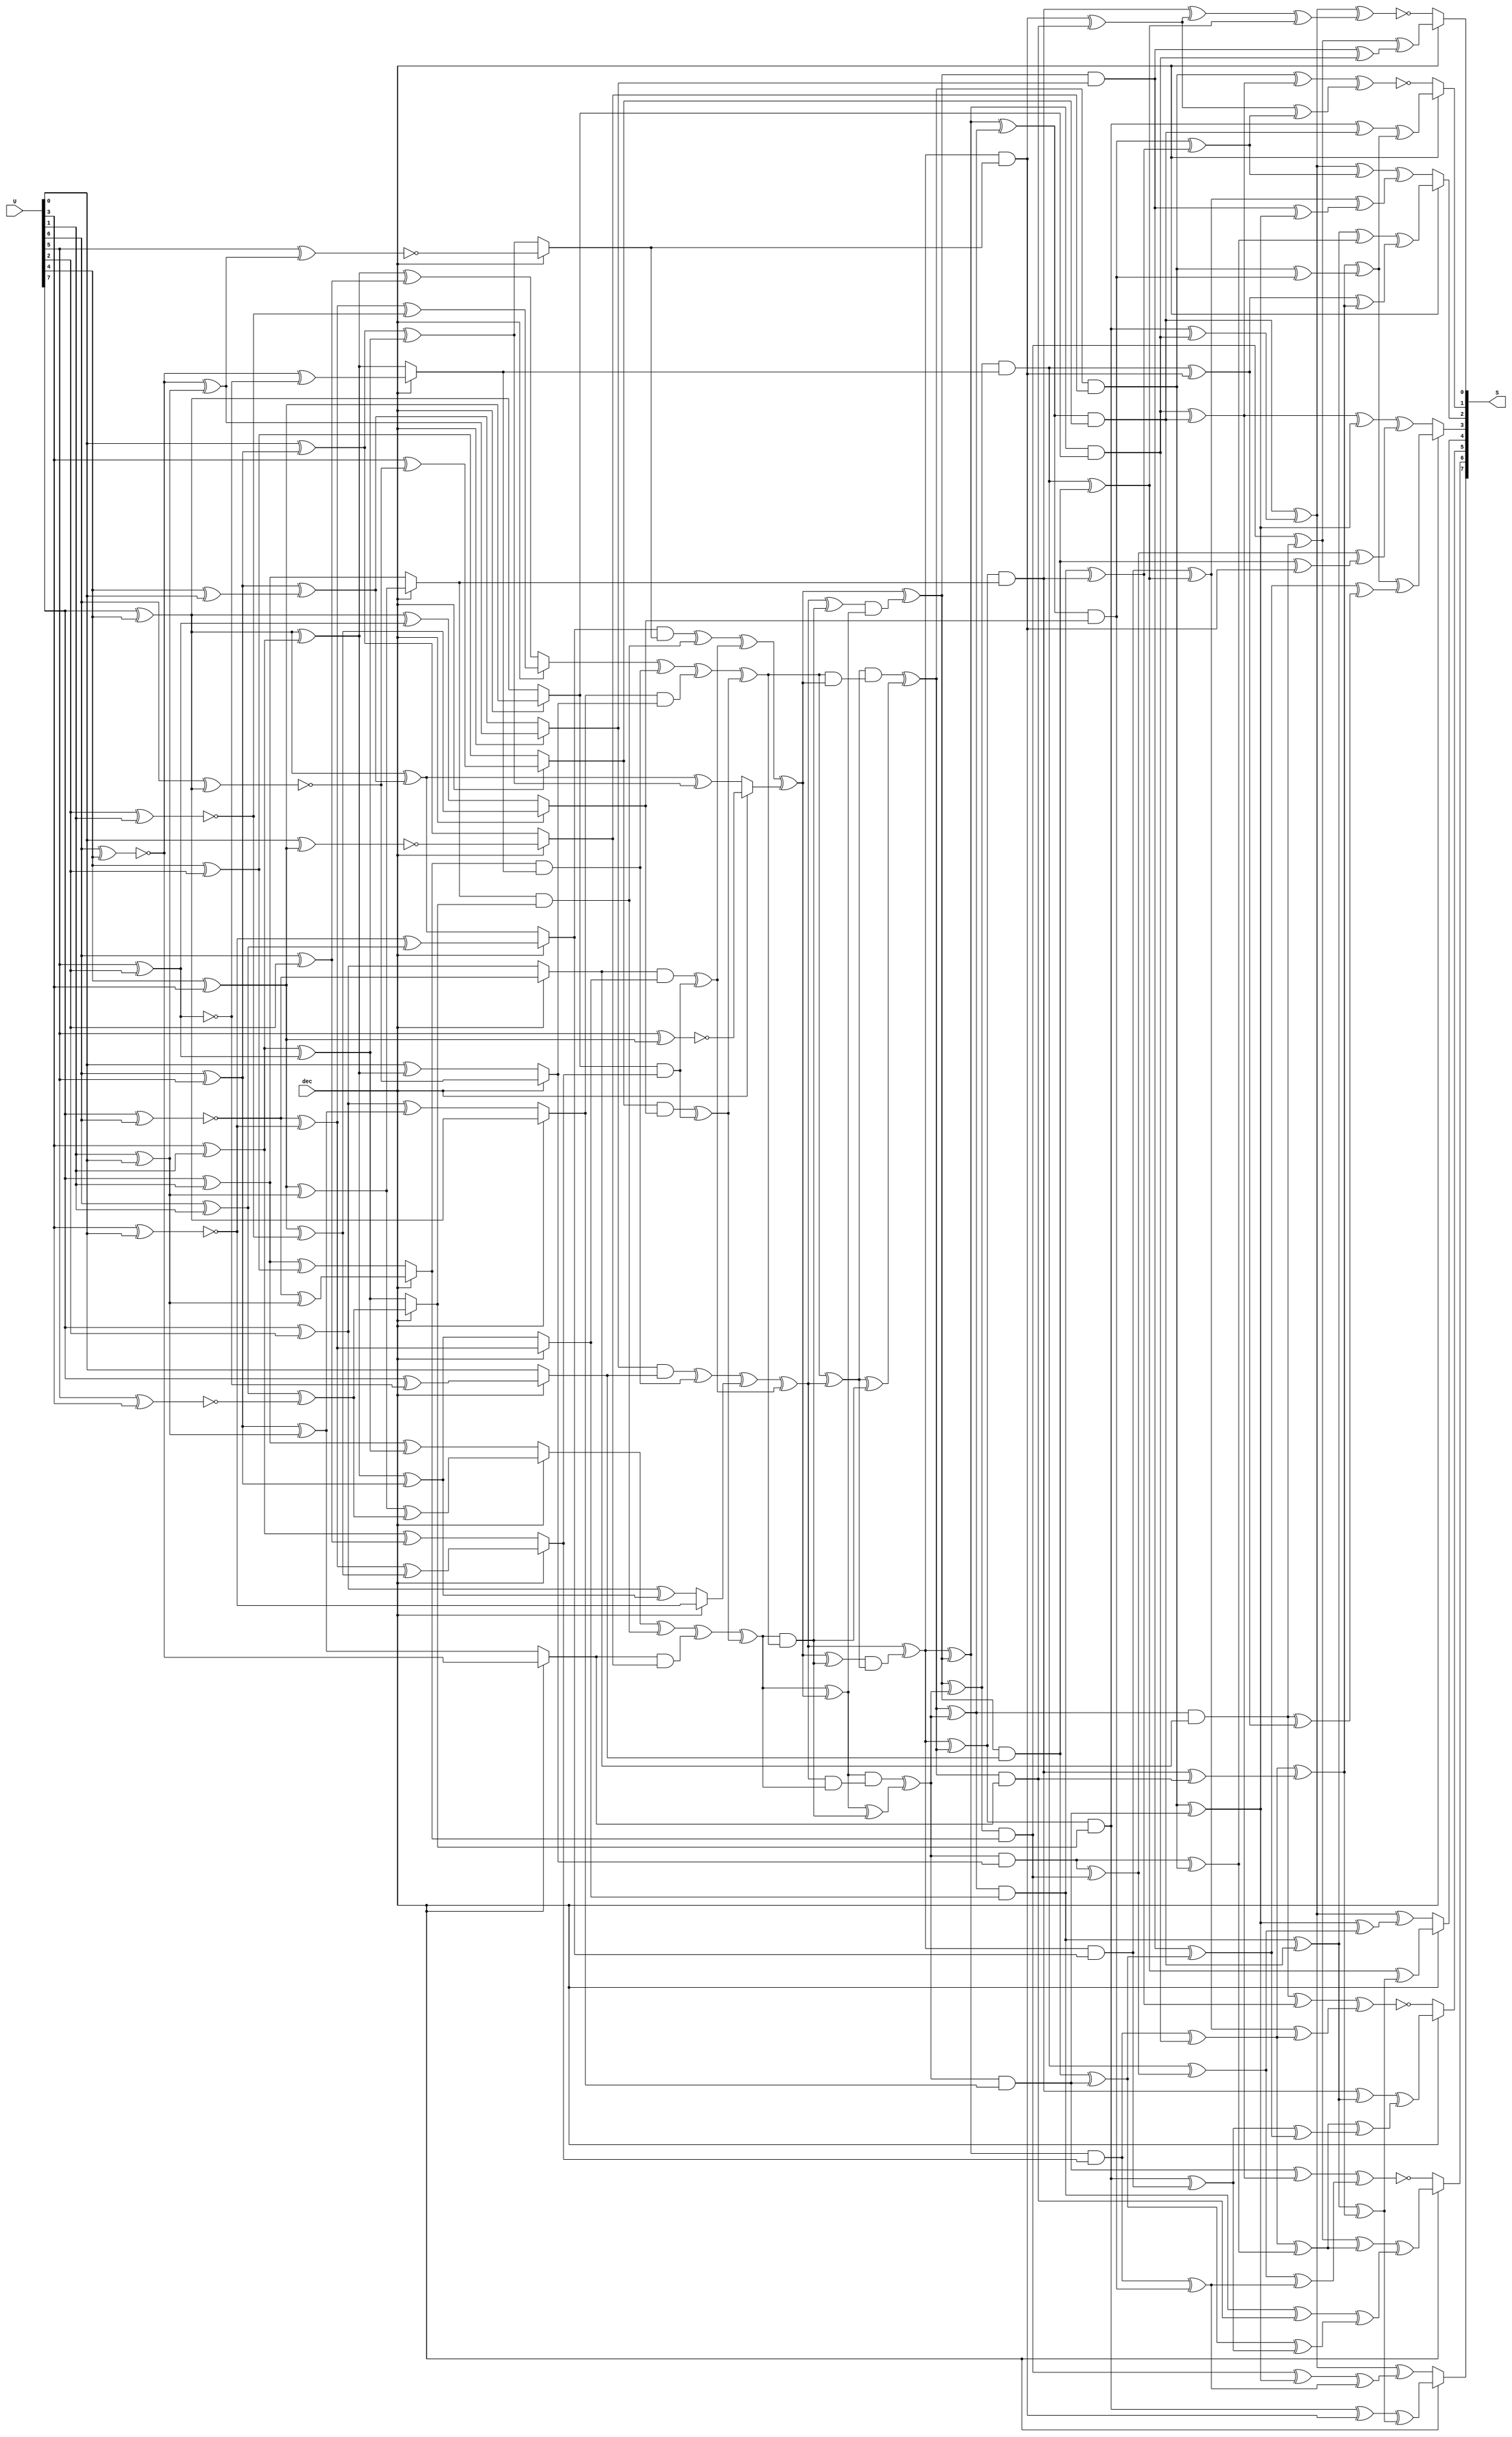
`timescale 1ns / 1ps
/*
   Copyright 2015, Google Inc.

   Licensed under the Apache License, Version 2.0 (the "License");
   you may not use this file except in compliance with the License.
   You may obtain a copy of the License at

       http://www.apache.org/licenses/LICENSE-2.0

   Unless required by applicable law or agreed to in writing, software
   distributed under the License is distributed on an "AS IS" BASIS,
   WITHOUT WARRANTIES OR CONDITIONS OF ANY KIND, either express or implied.
   See the License for the specific language governing permissions and
   limitations under the License.
*/
//////////////////////////////////////////////////////////////////////////////////
// Company: 
// Engineer: 
// 
// Design Name: 
// Module Name:    aes_sbox 
// Project Name: 
// Target Devices: 
// Tool versions: 
// Description: 
//
// Dependencies: 
//
// Revision: 
// Revision 0.01 - File Created
// Additional Comments: 
//
//////////////////////////////////////////////////////////////////////////////////
module aes_sbox (
	input wire [7:0] U,
	input wire dec,
	output reg [7:0] S
);



always @*
begin : sbox_update

	reg U0, U1, U2, U3, U4, U5, U6, U7;
	reg S0, S1, S2, S3, S4, S5, S6, S7;
	reg Y5;
	reg T1, T2, T3, T4, T6, T8, T9, T10, T13, T14, T15, T16, T17, T19;
	reg T20, T22, T23, T24, T25, T26, T27;
	reg M1, M2, M3, M4, M5, M6, M7, M8, M9, M10, M11, M12, M13, M14;
	reg M15, M16, M17, M18, M19, M20, M21, M22, M23, M24, M25, M26, M27;
	reg M28, M29, M30, M31, M32, M33, M34, M35, M36, M37, M38, M39, M40;
	reg M41, M42, M43, M44, M45, M46, M47, M48, M49, M50, M51, M52, M53;
	reg M54, M55, M56, M57, M58, M59, M60, M61, M62, M63;
	
	{ U0, U1, U2, U3, U4, U5, U6, U7 } = U;
	
	if(dec)
	begin : decrypt_top
		reg R5, R13, R17, R18, R19;
		
		T23 = U0 ^ U3;
		T22 = ~(U1 ^ U3);
		T2 = ~(U0 ^ U1); 
		T1 = U3 ^ U4; 
		T24 = ~(U4 ^ U7);
		R5 = U6 ^ U7; 
		T8 = ~(U1 ^ T23);
		T19 = T22 ^ R5;
		T9 = ~(U7 ^ T1);
		T10 = T2 ^ T24;
		T13 = T2 ^ R5;
		T3 = T1 ^ R5;
		T25 = ~(U2 ^ T1);
		R13 = U1 ^ U6;
		T17 = ~(U2 ^ T19);
		T20 = T24 ^ R13;
		T4 = U4 ^ T8;
		R17 = ~(U2 ^ U5);
		R18 = ~(U5 ^ U6);
		R19 = ~(U2 ^ U4);
		Y5 = U0 ^ R17;
		T6 = T22 ^ R17;
		T16 = R13 ^ R19;
		T27 = T1 ^ R18;
		T15 = T10 ^ T27;
		T14 = T10 ^ R18;
		T26 = T3 ^ T16;
	end
	else // !dec
	begin : encrypt_top
		reg T5, T7, T11, T12, T18, T21;
		
		T1 = U0 ^ U3; /* T1 = U0 + U3 */
		T2 = U0 ^ U5; /* T2 = U0 + U5 */
		T3 = U0 ^ U6; /* T3 = U0 + U6 */
		T4 = U3 ^ U5; /* T4 = U3 + U5 */
		T5 = U4 ^ U6; /* T5 = U4 + U6 */
		T6 = T1 ^ T5; /* T6 = T1 + T5 */
		T7 = U1 ^ U2; /* T7 = U1 + U2 */
		T8 = U7 ^ T6; /* T8 = U7 + T6 */
		T9 = U7 ^ T7; /* T9 = U7 + T7 */
		T10 = T6 ^ T7; /* T10 = T6 + T7 */
		T11 = U1 ^ U5; /* T11 = U1 + U5 */
		T12 = U2 ^ U5; /* T12 = U2 + U5 */
		T13 = T3 ^ T4; /* T13 = T3 + T4 */
		T14 = T6 ^ T11; /* T14 = T6 + T11 */
		T15 = T5 ^ T11; /* T15 = T5 + T11 */
		T16 = T5 ^ T12; /* T16 = T5 + T12 */
		T17 = T9 ^ T16; /* T17 = T9 + T16 */
		T18 = U3 ^ U7; /* T18 = U3 + U7 */
		T19 = T7 ^ T18; /* T19 = T7 + T18 */
		T20 = T1 ^ T19; /* T20 = T1 + T19 */
		T21 = U6 ^ U7; /* T21 = U6 + U7 */
		T22 = T7 ^ T21; /* T22 = T7 + T21 */
		T23 = T2 ^ T22; /* T23 = T2 + T22 */
		T24 = T2 ^ T10; /* T24 = T2 + T10 */
		T25 = T20 ^ T17; /* T25 = T20 + T17 */
		T26 = T3 ^ T16; /* T26 = T3 + T16 */
		T27 = T1 ^ T12; /* T27 = T1 + T12 */
		Y5 = U7;
	end
	
	M1 = T13 & T6; /* M1 = T13 x T6 */
	M2 = T23 & T8; /* M2 = T23 x T8 */
	M3 = T14 ^ M1; /* M3 = T14 + M1 */
	M4 = T19 & Y5; /* M4 = T19 x Y5 */
	M5 = M4 ^ M1; /* M5 = M4 + M1 */
	M6 = T3 & T16; /* M6 = T3 x T16 */
	M7 = T22 & T9; /* M7 = T22 x T9 */
	M8 = T26 ^ M6; /* M8 = T26 + M6 */
	M9 = T20 & T17; /* M9 = T20 x T17 */
	M10 = M9 ^ M6; /* M10 = M9 + M6 */
	M11 = T1 & T15; /* M11 = T1 x T15 */
	M12 = T4 & T27; /* M12 = T4 x T27 */
	M13 = M12 ^ M11; /* M13 = M12 + M11 */
	M14 = T2 & T10; /* M14 = T2 x T10 */
	M15 = M14 ^ M11; /* M15 = M14 + M11 */
	M16 = M3 ^ M2; /* M16 = M3 + M2 */
	M17 = M5 ^ T24; /* M17 = M5 + T24 */
	M18 = M8 ^ M7; /* M18 = M8 + M7 */
	M19 = M10 ^ M15; /* M19 = M10 + M15 */
	M20 = M16 ^ M13; /* M20 = M16 + M13 */
	M21 = M17 ^ M15; /* M21 = M17 + M15 */
	M22 = M18 ^ M13; /* M22 = M18 + M13 */
	M23 = M19 ^ T25; /* M23 = M19 + T25 */
	M24 = M22 ^ M23; /* M24 = M22 + M23 */
	M25 = M22 & M20; /* M25 = M22 x M20 */
	M26 = M21 ^ M25; /* M26 = M21 + M25 */
	M27 = M20 ^ M21; /* M27 = M20 + M21 */
	M28 = M23 ^ M25; /* M28 = M23 + M25 */
	M29 = M28 & M27; /* M29 = M28 x M27 */
	M30 = M26 & M24; /* M30 = M26 x M24 */
	M31 = M20 & M23; /* M31 = M20 x M23 */
	M32 = M27 & M31; /* M32 = M27 x M31 */
	M33 = M27 ^ M25; /* M33 = M27 + M25 */
	M34 = M21 & M22; /* M34 = M21 x M22 */
	M35 = M24 & M34; /* M35 = M24 x M34 */
	M36 = M24 ^ M25; /* M36 = M24 + M25 */
	M37 = M21 ^ M29; /* M37 = M21 + M29 */
	M38 = M32 ^ M33; /* M38 = M32 + M33 */
	M39 = M23 ^ M30; /* M39 = M23 + M30 */
	M40 = M35 ^ M36; /* M40 = M35 + M36 */
	M41 = M38 ^ M40; /* M41 = M38 + M40 */
	M42 = M37 ^ M39; /* M42 = M37 + M39 */
	M43 = M37 ^ M38; /* M43 = M37 + M38 */
	M44 = M39 ^ M40; /* M44 = M39 + M40 */
	M45 = M42 ^ M41; /* M45 = M42 + M41 */
	M46 = M44 & T6; /* M46 = M44 x T6 */
	M47 = M40 & T8; /* M47 = M40 x T8 */
	M48 = M39 & Y5; /* M48 = M39 x Y5 */
	M49 = M43 & T16; /* M49 = M43 x T16 */
	M50 = M38 & T9; /* M50 = M38 x T9 */
	M51 = M37 & T17; /* M51 = M37 x T17 */
	M52 = M42 & T15; /* M52 = M42 x T15 */
	M53 = M45 & T27; /* M53 = M45 x T27 */
	M54 = M41 & T10; /* M54 = M41 x T10 */
	M55 = M44 & T13; /* M55 = M44 x T13 */
	M56 = M40 & T23; /* M56 = M40 x T23 */
	M57 = M39 & T19; /* M57 = M39 x T19 */
	M58 = M43 & T3; /* M58 = M43 x T3 */
	M59 = M38 & T22; /* M59 = M38 x T22 */
	M60 = M37 & T20; /* M60 = M37 x T20 */
	M61 = M42 & T1; /* M61 = M42 x T1 */
	M62 = M45 & T4; /* M62 = M45 x T4 */
	M63 = M41 & T2; /* M63 = M41 x T2 */

	if(dec)
	begin : decrypt_bot
		reg P0, P1, P2, P3, P4, P5, P6, P7, P8, P9, P10, P11, P12, P13, P14;
		reg P15, P16, P17, P18, P19, P20, P22, P23, P24, P25, P26, P27;
		reg P28, P29;
		
		P0 = M52 ^ M61;
		P1 = M58 ^ M59;
		P2 = M54 ^ M62;
		P3 = M47 ^ M50;
		P4 = M48 ^ M56;
		P5 = M46 ^ M51;
		P6 = M49 ^ M60;
		P7 = P0 ^ P1;
		P8 = M50 ^ M53;
		P9 = M55 ^ M63;
		P10 = M57 ^ P4;
		P11 = P0 ^ P3;
		P12 = M46 ^ M48;
		P13 = M49 ^ M51;
		P14 = M49 ^ M62;
		P15 = M54 ^ M59;
		P16 = M57 ^ M61;
		P17 = M58 ^ P2;
		P18 = M63 ^ P5;
		P19 = P2 ^ P3;
		P20 = P4 ^ P6;
		P22 = P2 ^ P7;
		P23 = P7 ^ P8;
		P24 = P5 ^ P7;
		P25 = P6 ^ P10;
		P26 = P9 ^ P11;
		P27 = P10 ^ P18;
		P28 = P11 ^ P25;
		P29 = P15 ^ P20;

		S0 = P13 ^ P22;
		S1 = P26 ^ P29;
		S2 = P17 ^ P28;
		S3 = P12 ^ P22;
		S4 = P23 ^ P27;
		S5 = P19 ^ P24;
		S6 = P14 ^ P23;
		S7 = P9 ^ P16;
	end
	else // !dec
	begin : encrypt_bot
		reg L0, L1, L2, L3, L4, L5, L6, L7, L8, L9, L10, L11, L12, L13, L14;
		reg L15, L16, L17, L18, L19, L20, L21, L22, L23, L24, L25, L26, L27;
		reg L28, L29;
					 
		L0 = M61 ^ M62; /* L0 = M61 + M62 */
		L1 = M50 ^ M56; /* L1 = M50 + M56 */
		L2 = M46 ^ M48; /* L2 = M46 + M48 */
		L3 = M47 ^ M55; /* L3 = M47 + M55 */
		L4 = M54 ^ M58; /* L4 = M54 + M58 */
		L5 = M49 ^ M61; /* L5 = M49 + M61 */
		L6 = M62 ^ L5; /* L6 = M62 + L5 */
		L7 = M46 ^ L3; /* L7 = M46 + L3 */
		L8 = M51 ^ M59; /* L8 = M51 + M59 */
		L9 = M52 ^ M53; /* L9 = M52 + M53 */
		L10 = M53 ^ L4; /* L10 = M53 + L4 */
		L11 = M60 ^ L2; /* L11 = M60 + L2 */
		L12 = M48 ^ M51; /* L12 = M48 + M51 */
		L13 = M50 ^ L0; /* L13 = M50 + L0 */
		L14 = M52 ^ M61; /* L14 = M52 + M61 */
		L15 = M55 ^ L1; /* L15 = M55 + L1 */
		L16 = M56 ^ L0; /* L16 = M56 + L0 */
		L17 = M57 ^ L1; /* L17 = M57 + L1 */
		L18 = M58 ^ L8; /* L18 = M58 + L8 */
		L19 = M63 ^ L4; /* L19 = M63 + L4 */
		L20 = L0 ^ L1; /* L20 = L0 + L1 */
		L21 = L1 ^ L7; /* L21 = L1 + L7 */
		L22 = L3 ^ L12; /* L22 = L3 + L12 */
		L23 = L18 ^ L2; /* L23 = L18 + L2 */
		L24 = L15 ^ L9; /* L24 = L15 + L9 */
		L25 = L6 ^ L10; /* L25 = L6 + L10 */
		L26 = L7 ^ L9; /* L26 = L7 + L9 */
		L27 = L8 ^ L10; /* L27 = L8 + L10 */
		L28 = L11 ^ L14; /* L28 = L11 + L14 */
		L29 = L11 ^ L17; /* L29 = L11 + L17 */

		S0 = L6 ^ L24; /* S0 = L6 + L24 */
		S1 = ~(L16 ^ L26); /* S1 = L16 # L26 */
		S2 = ~(L19 ^ L28); /* S2 = L19 # L28 */
		S3 = L6 ^ L21; /* S3 = L6 + L21 */
		S4 = L20 ^ L22; /* S4 = L20 + L22 */
		S5 = L25 ^ L29; /* S5 = L25 + L29 */
		S6 = ~(L13 ^ L27); /* S6 = L13 # L27 */
		S7 = ~(L6 ^ L23); /* S7 = L6 # L23 */
	end
	
	S = { S0, S1, S2, S3, S4, S5, S6, S7 };
end

endmodule